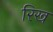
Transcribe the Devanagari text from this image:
रिख